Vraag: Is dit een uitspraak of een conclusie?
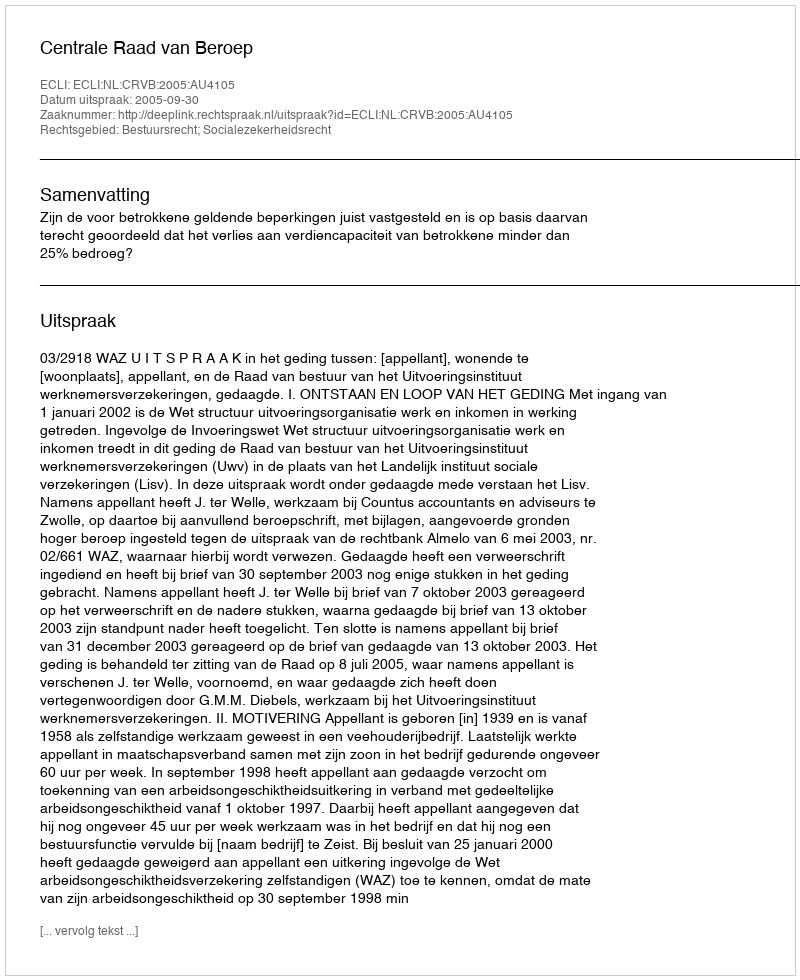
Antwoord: Uitspraak